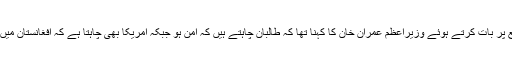
اس موقع پر بات کرتے ہوئے وزیراعظم عمران خان کا کہنا تھا کہ طالبان چاہتے ہیں کہ امن ہو جبکہ امریکا بھی چاہتا ہے کہ افغانستان میں امن ہو۔